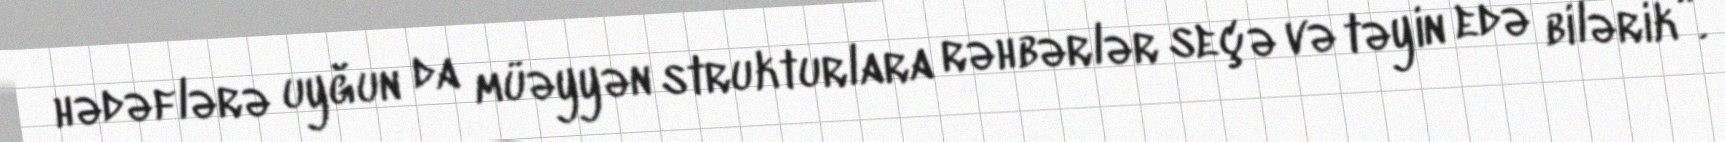
hədəflərə uyğun da müəyyən strukturlara rəhbərlər seçə və təyin edə bilərik”.